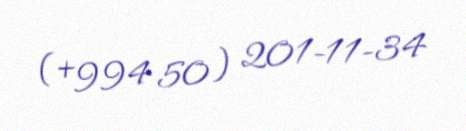
(+994 50) 201-11-34